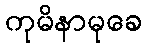
ကုမိနာမုခေ